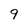
Character: 9